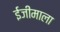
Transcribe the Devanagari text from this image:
ईजीमाला